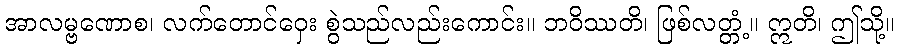
အာလမ္ဗဏောစ၊ လက်တောင်ဝှေး စွဲသည်လည်းကောင်း။ ဘဝိဿတိ၊ ဖြစ်လတ္တံ့။ ဣတိ၊ ဤသို့။